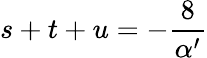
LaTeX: s+t+u=-\frac{8}{\alpha^{\prime}}